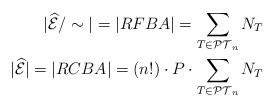
LaTeX: \begin{align*}|\widehat{\mathcal{E}}/\sim | = |RFBA| = \sum_{T \in \mathcal{PT}_n} N_T \\|\widehat{\mathcal{E}}| = |RCBA| = (n!) \cdot P \cdot \sum_{T \in \mathcal{PT}_n} N_T\end{align*}